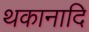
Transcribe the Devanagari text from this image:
थकानादि